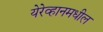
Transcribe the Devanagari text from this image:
येरेव्हानमधील